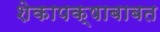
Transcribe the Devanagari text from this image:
शेकापक्षाबाबत